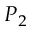
P _ { 2 }